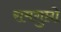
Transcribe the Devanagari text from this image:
रामगुप्तो